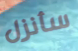
سأنزل